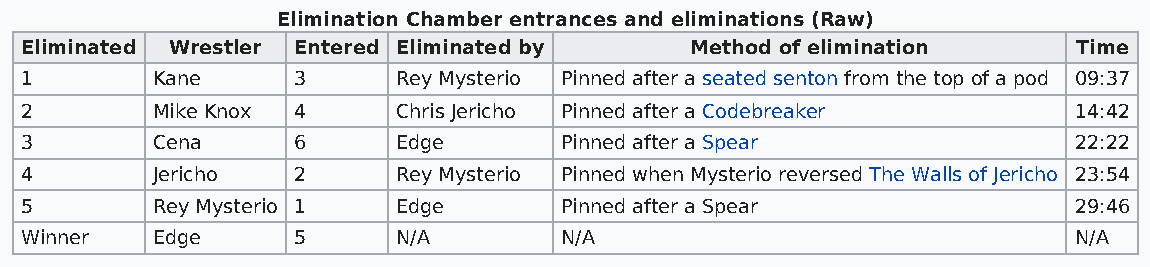
Elimination Chamber entrances and eliminations (Raw)
 Eliminated Wrestler Entered Eliminated by    Method of elimination    Time
 1        Kane     3      Rey Mysterio Pinned after a seated senton from the top of a pod 09:37
 2        Mike Knox 4     Chris Jericho Pinned after a Codebreaker     14:42
 3        Cena     6      Edge       Pinned after a Spear              22:22
 4        Jericho  2      Rey Mysterio Pinned when Mysterio reversed The Walls of Jericho 23:54
 5        Rey Mysterio 1  Edge       Pinned after a Spear              29:46
 Winner   Edge     5      N/A        N/A                               N/A